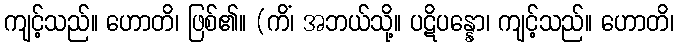
ကျင့်သည်။ ဟောတိ၊ ဖြစ်၏။ (ကိံ၊ အဘယ်သို့။ ပဋိပန္နော၊ ကျင့်သည်။ ဟောတိ၊